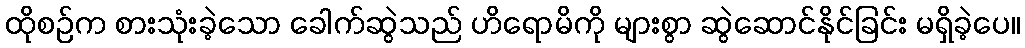
ထိုစဉ်က စားသုံးခဲ့သော ခေါက်ဆွဲသည် ဟိရောမိကို များစွာ ဆွဲဆောင်နိုင်ခြင်း မရှိခဲ့ပေ။